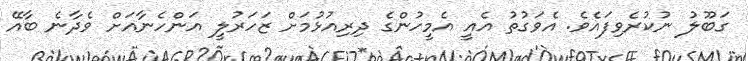
ގަބޫލު ނުކުރެވިފައެވެ. އެވަގުތު އެއީ އެމީހުންގެ ދިރިއުޅުމަށް ޒަހަރުލީ އަންހެނާއަށް ވެދާނެ ބާއޭ